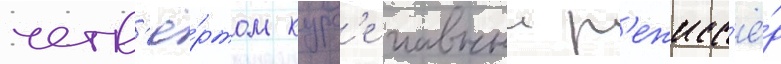
четв'ё́ртом курс'е главныи р'ежисс'ё́р